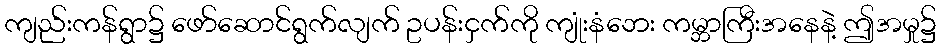
ကျည်းကန်ရွာ၌ ဖော်ဆောင်ရွက်လျက် ဥပန်းငှက်ကို ကျုံးနံဘေး ကမ္ဘာကြီးအနေနဲ့ ဤအမှု၌